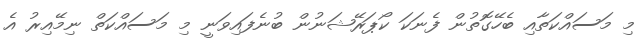
މި މަސައްކަތާއި ބެހޭގޮތުން ފެނަކަ ކޯޕަރޭޝަނުން ބުނެފައިވަނީ މި މަސައްކަތް ނިމޭއިރު އެ